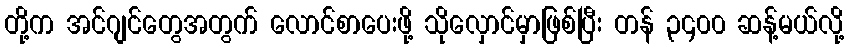
တို့က အင်ဂျင်တွေအတွက် လောင်စာပေးဖို့ သိုလှောင်မှာဖြစ်ပြီး တန် ၃၄၀၀ ဆန့်မယ်လို့